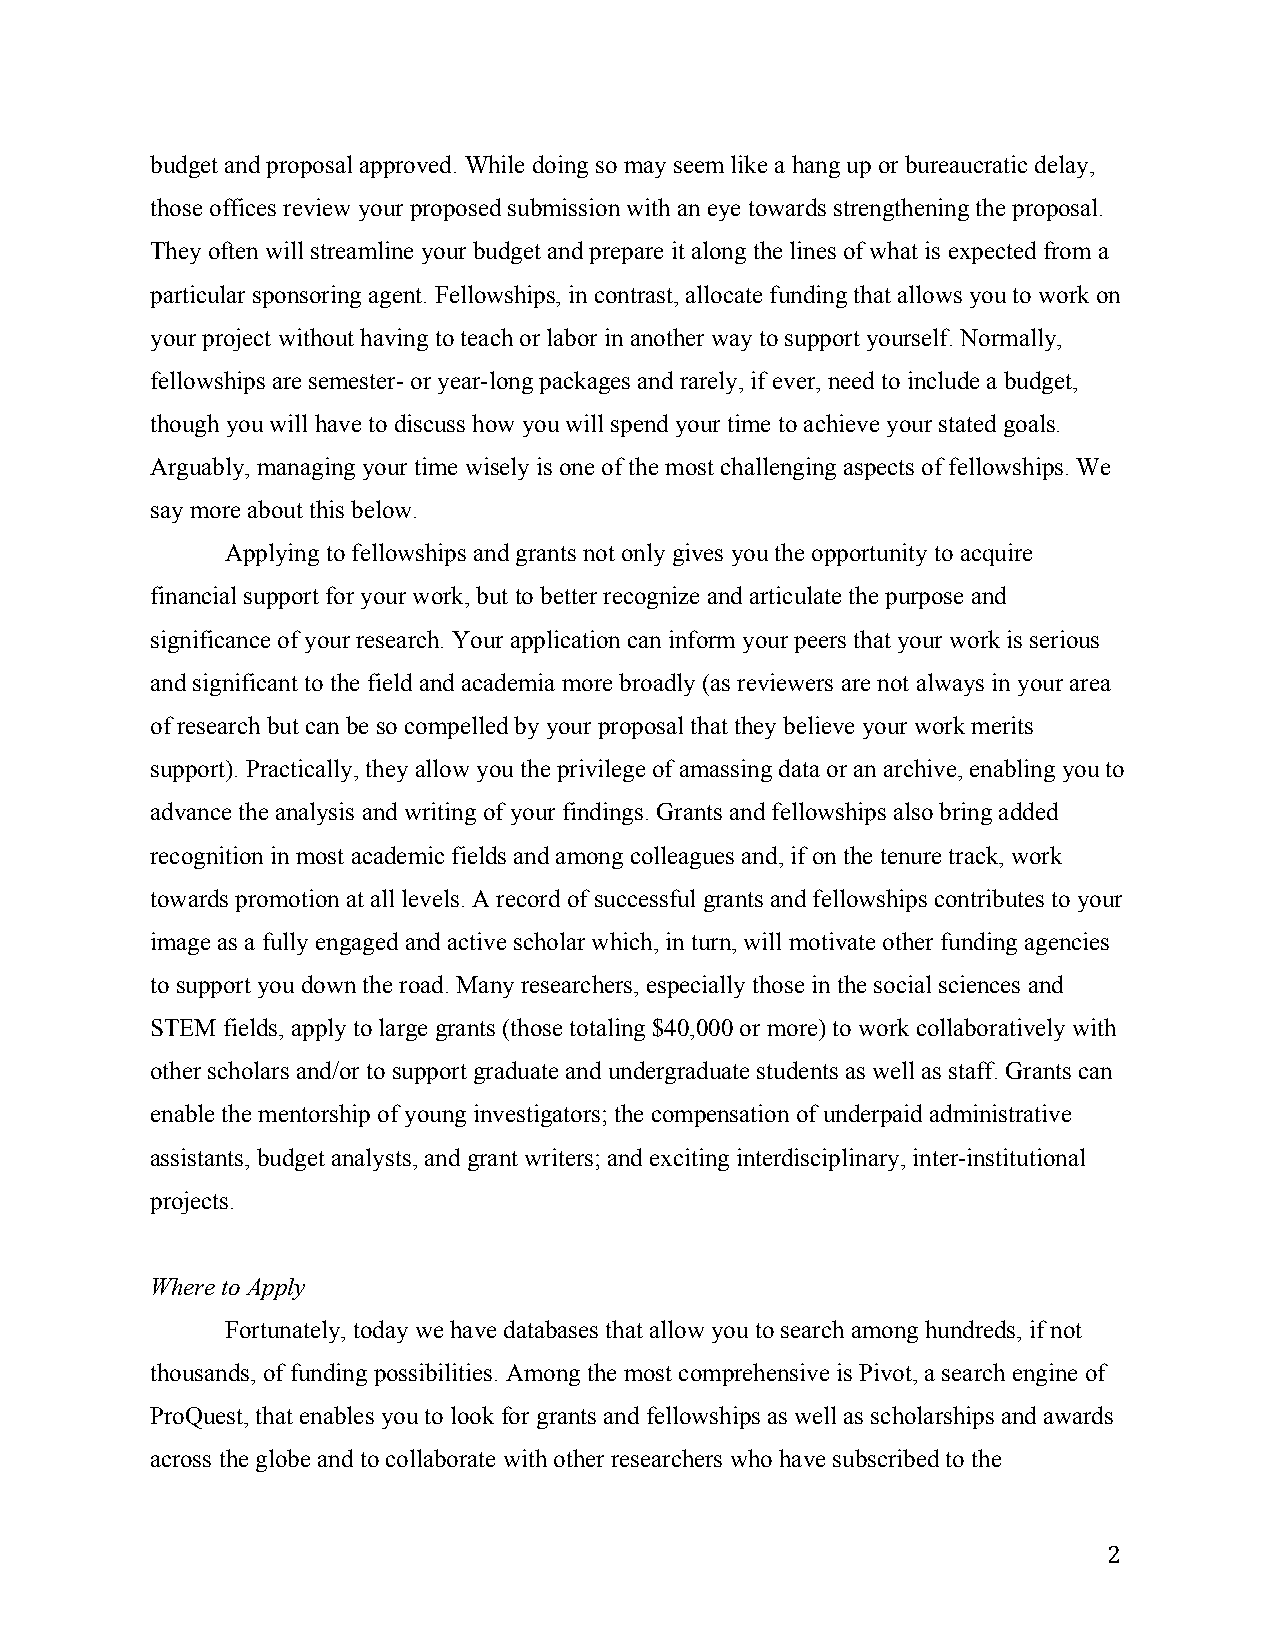
budget and proposal approved. While doing so may seem like a hang up or bureaucratic delay,
 those offices review your proposed submission with an eye towards strengthening the proposal.
 They often will streamline your budget and prepare it along the lines of what is expected from a
 particular sponsoring agent. Fellowships, in contrast, allocate funding that allows you to work on
 your project without having to teach or labor in another way to support yourself. Normally,
 fellowships are semester- or year-long packages and rarely, if ever, need to include a budget,
 though you will have to discuss how you will spend your time to achieve your stated goals.
 Arguably, managing your time wisely is one of the most challenging aspects of fellowships. We
 say more about this below.
 Applying to fellowships and grants not only gives you the opportunity to acquire
 financial support for your work, but to better recognize and articulate the purpose and
 significance of your research. Your application can inform your peers that your work is serious
 and significant to the field and academia more broadly (as reviewers are not always in your area
 of research but can be so compelled by your proposal that they believe your work merits
 support). Practically, they allow you the privilege of amassing data or an archive, enabling you to
 advance the analysis and writing of your findings. Grants and fellowships also bring added
 recognition in most academic fields and among colleagues and, if on the tenure track, work
 towards promotion at all levels. A record of successful grants and fellowships contributes to your
 image as a fully engaged and active scholar which, in turn, will motivate other funding agencies
 to support you down the road. Many researchers, especially those in the social sciences and
 STEM fields, apply to large grants (those totaling $40,000 or more) to work collaboratively with
 other scholars and/or to support graduate and undergraduate students as well as staff. Grants can
 enable the mentorship of young investigators; the compensation of underpaid administrative
 assistants, budget analysts, and grant writers; and exciting interdisciplinary, inter-institutional
 projects.
 Where to Apply
 Fortunately, today we have databases that allow you to search among hundreds, if not
 thousands, of funding possibilities. Among the most comprehensive is Pivot, a search engine of
 ProQuest, that enables you to look for grants and fellowships as well as scholarships and awards
 across the globe and to collaborate with other researchers who have subscribed to the
 2